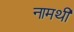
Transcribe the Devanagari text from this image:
नामथी